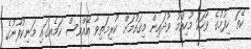
ކޭތަ ހިފުމުގެ ވާހަކަ މުހިއްމު ވޫދައިން މިޤައުމަށް ކުރިމަތިވާ އެއްވެސް ކަމެއގައި މަނިކުފާނުގެ